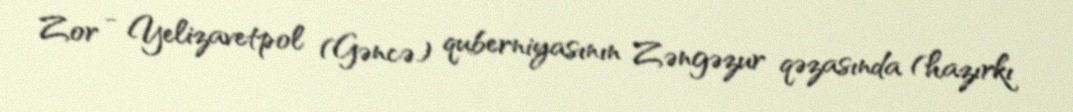
Zor - Yelizavetpol (Gəncə) quberniyasının Zəngəzur qəzasında (hazırkı